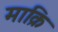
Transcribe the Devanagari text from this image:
माक्रि